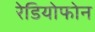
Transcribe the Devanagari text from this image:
रेडियोफोन